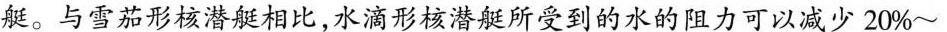
艇。与雪茄形核潜艇相比，水滴形核潜艇所受到的水的阻力可以减少20%~